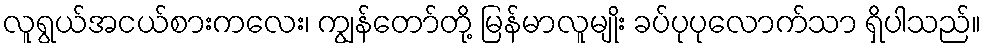
လူရွယ်အငယ်စားကလေး၊ ကျွန်တော်တို့ မြန်မာလူမျိုး ခပ်ပုပုလောက်သာ ရှိပါသည်။